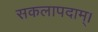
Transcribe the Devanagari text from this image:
सकलापदाम्‌।